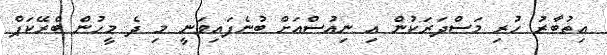
އިތުބާރު ހުރި މަސްދަރަކުން އި ނިއުސްއަށް ބުނެފައިވަނީ މި ދެ މީހުން ބްރޭކަޕް